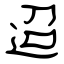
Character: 迢